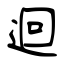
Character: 迴